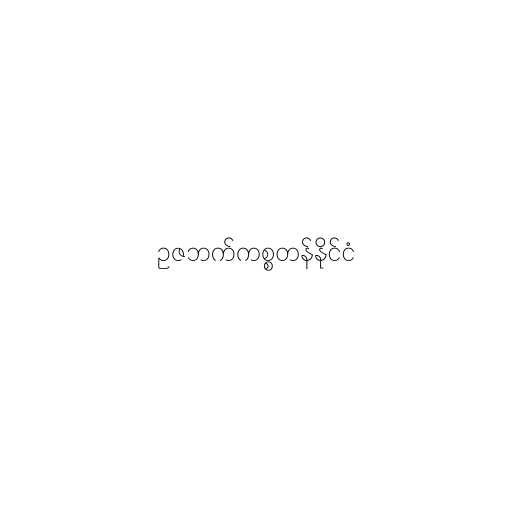
ဥဇဘက်ကစ္စတန်နိုင်ငံ